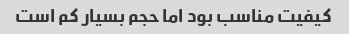
کیفیت مناسب بود اما حجم بسیار کم است